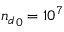
{ n _ { d } } _ { 0 } = 1 0 ^ { 7 }